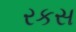
રકસ